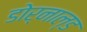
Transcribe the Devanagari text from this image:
डोर्नाल्ड